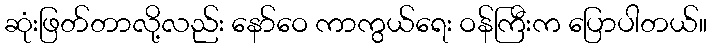
ဆုံးဖြတ်တာလို့လည်း နော်ဝေ ကာကွယ်ရေး ဝန်ကြီးက ပြောပါတယ်။